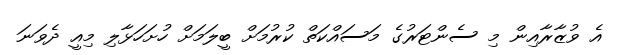
އެ ވުޒާރާއިން މި ސެންޓަރުގެ މަސައްކަތް ކުރުމަށް ބީލަމަށް ހުށަހަޅާލި މިއީ ދެވަނަ